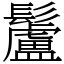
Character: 䰕